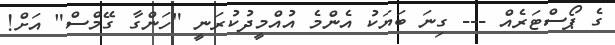
ގެ ޕޯސްޓަރެއް --- ގިނަ ބަޔަކު އެންމެ އުއްމީދުކުރަނީ "ހަންގާ ގޭމްސް" އަށް!